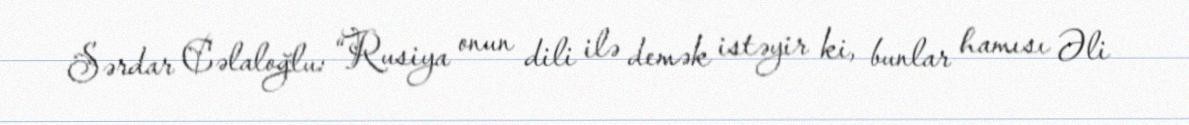
Sərdar Cəlaloğlu: “Rusiya onun dili ilə demək istəyir ki, bunlar hamısı Əli